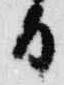
日